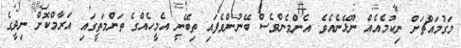
މަގުމައްޗަށް ނިކުމެއެއް ނޫޅޭނެއެވެ. އެންމެންވެސް ބޭނުންވެފައި ތިބޭނީ އެމީހެއްގެ ތަންމަތީގައި އަރާމްކޮށް ނިދީގެ